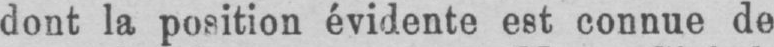
dont la position évidente est connue de